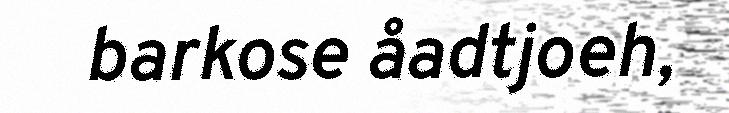
barkose åadtjoeh,